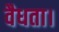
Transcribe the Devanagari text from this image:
वैधता।